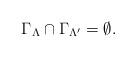
LaTeX: \begin{align*} \Gamma_\Lambda\cap \Gamma_{\Lambda'} = \emptyset.\end{align*}